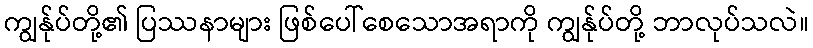
ကျွန်ုပ်တို့၏ ပြဿနာများ ဖြစ်ပေါ်စေသောအရာကို ကျွန်ုပ်တို့ ဘာလုပ်သလဲ။